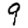
Digit: 9